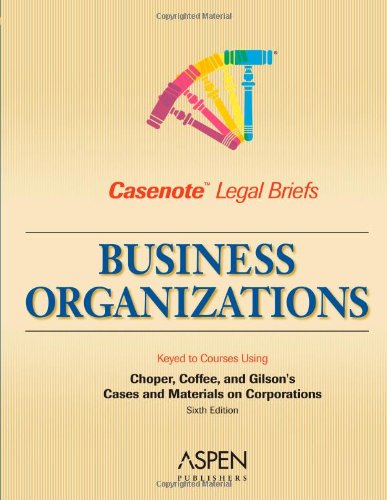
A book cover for Business Organizations/Corporations: Keyed to Choper, Coffee & Gilson (Casenote Legal Briefs); Casenote Legal Briefs Casenote Legal Briefs; Business & Money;